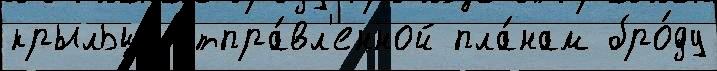
крыльце́ отпра́вл'енной пла́нам бро́ду